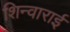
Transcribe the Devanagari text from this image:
शिन्वाराई